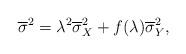
LaTeX: \begin{align*}\overline{\sigma}^2=\lambda^2\overline{\sigma}^2_X+f(\lambda)\overline{\sigma}^2_Y,\end{align*}